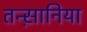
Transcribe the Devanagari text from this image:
तन्स़ानिया